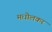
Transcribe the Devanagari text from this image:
मधोलकर